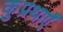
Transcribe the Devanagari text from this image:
कुप्रथाएँ